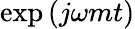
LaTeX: \exp\left(j\omega mt\right)